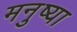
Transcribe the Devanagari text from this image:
मनुष्या